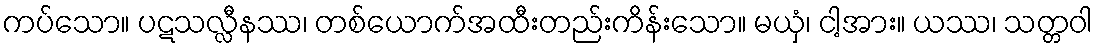
ကပ်သော။ ပဋသလ္လီနဿ၊ တစ်ယောက်အထီးတည်းကိန်းသော။ မယှံ၊ ငါ့အား။ ယဿ၊ သတ္တဝါ